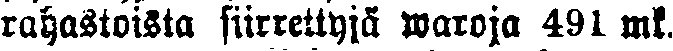
rahastoista siirrettyjä waroja 49l mk.